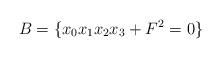
LaTeX: \begin{align*} B = \{ x_0 x_1 x_2 x_3 + F^2 = 0 \}\end{align*}